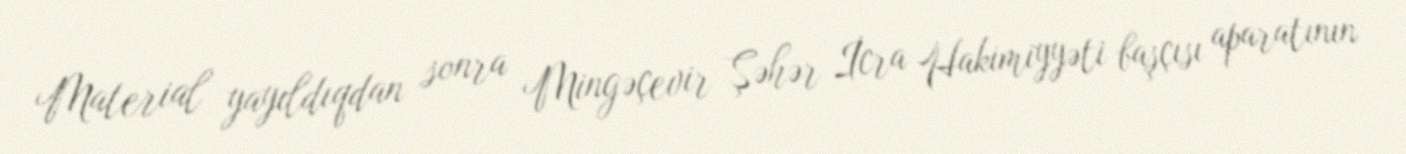
Material yayıldıqdan sonra Mingəçevir Şəhər İcra Hakimiyyəti başçısı aparatının